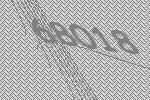
68018